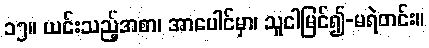
၁၅။ ယင်းသည့်အစာ၊ အာပေါင်မှာ၊ သူငါမြင်၍-မရဲတင်း။